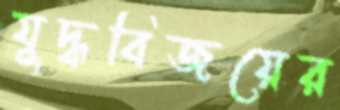
যুদ্ধবিজয়ের